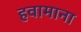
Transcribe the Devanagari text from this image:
हवामाना